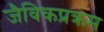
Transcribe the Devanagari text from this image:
जैविकप्रक्रम